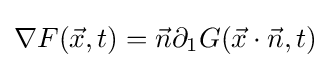
\nabla F({\vec {x}},t)={\vec {n}}\partial _{1}G({\vec {x}}\cdot {\vec {n}},t)